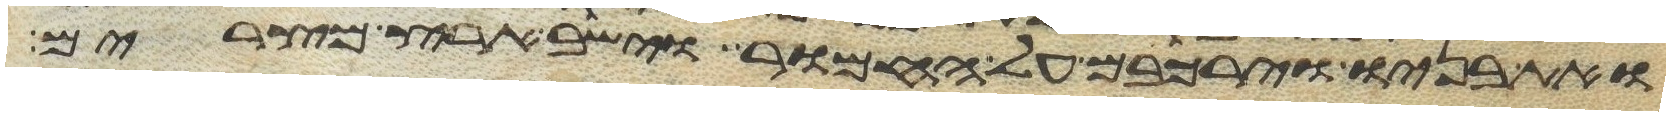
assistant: ואת בניו וירכבם על החמור וישב ארץ מצרים